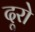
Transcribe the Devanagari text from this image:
दूरो